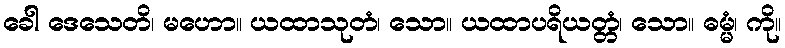
ခေါ ဒေသေတိ၊ မဟော။ ယထာသုတံ၊ သော။ ယထာပရိယတ္တံ၊ သော။ ဓမ္မံ၊ ကို။